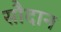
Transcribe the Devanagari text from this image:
सौदान